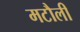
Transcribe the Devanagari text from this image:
मटौली